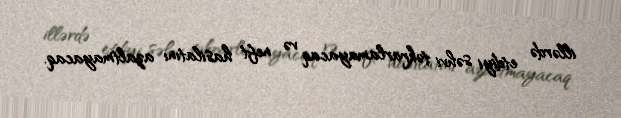
illərdə etdiyi səhvi təkrarlamayacaq və neft hasilatını azaltmayacaq.